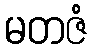
မတဇံ